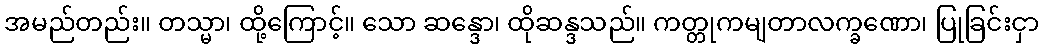
အမည်တည်း။ တသ္မာ၊ ထို့ကြောင့်။ သော ဆန္ဒော၊ ထိုဆန္ဒသည်။ ကတ္တုကမျတာလက္ခဏော၊ ပြုခြင်းငှာ